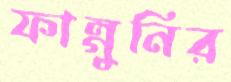
ফাল্গুনির